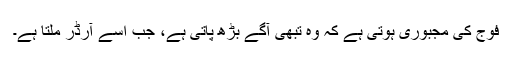
فوج کی مجبوری ہوتی ہے کہ وہ تبھی آگے بڑھ پاتی ہے، جب اسے آرڈر ملتا ہے۔